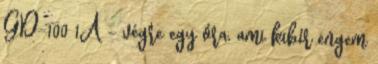
GD-100 1A - végre egy óra, ami kibír engem